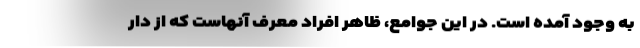
به وجود آمده‌ است. در این جوامع، ظاهر افراد معرف آنهاست که از دار